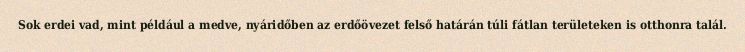
Sok erdei vad, mint például a medve, nyáridőben az erdőövezet felső határán túli fátlan területeken is otthonra talál.